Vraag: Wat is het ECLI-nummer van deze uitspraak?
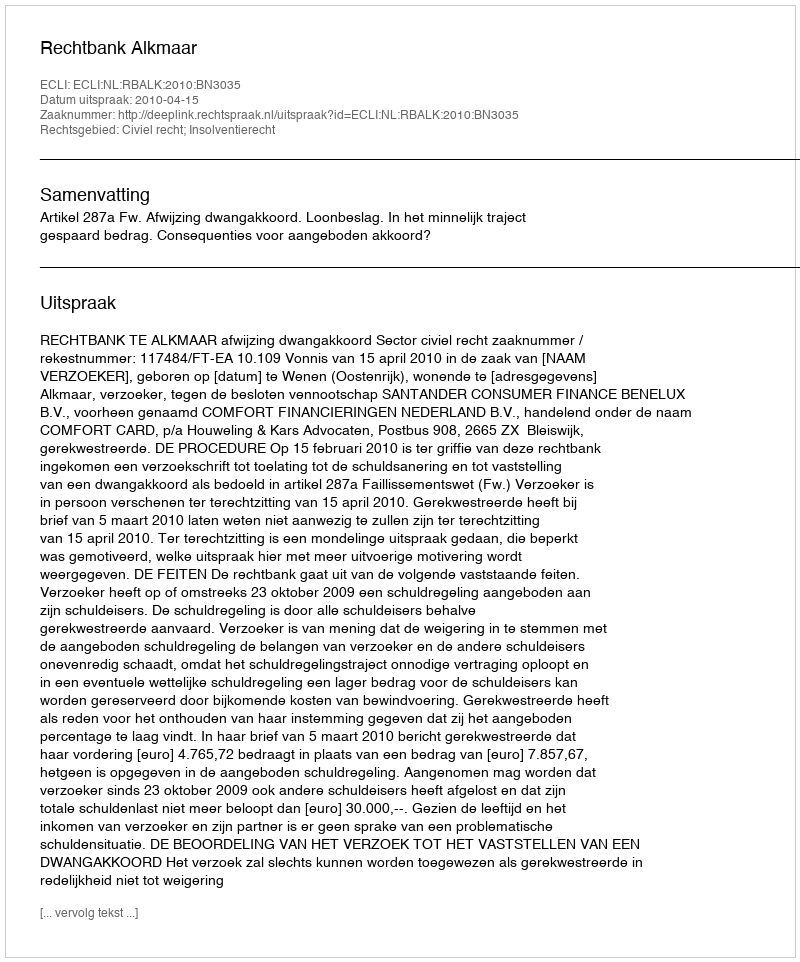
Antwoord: ECLI:NL:RBALK:2010:BN3035